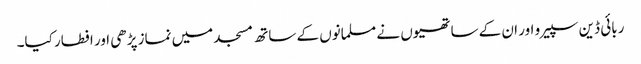
ربائی ڈین سپیر و اور ان کے ساتھیوں نے مسلمانوں کے ساتھ مسجد میں نماز پڑھی اور افطار کیا۔